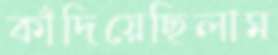
কাঁদিয়েছিলাম